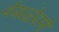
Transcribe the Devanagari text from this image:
वेगळेपणे